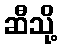
ဆီသို့